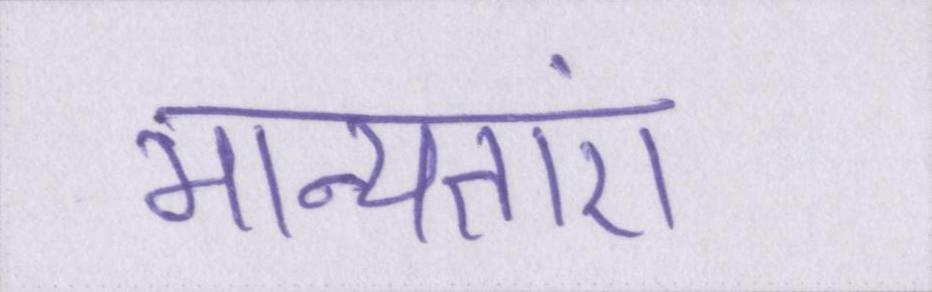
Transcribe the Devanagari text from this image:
मान्यताएं